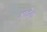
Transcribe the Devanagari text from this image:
माहेक